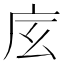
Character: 𢇨